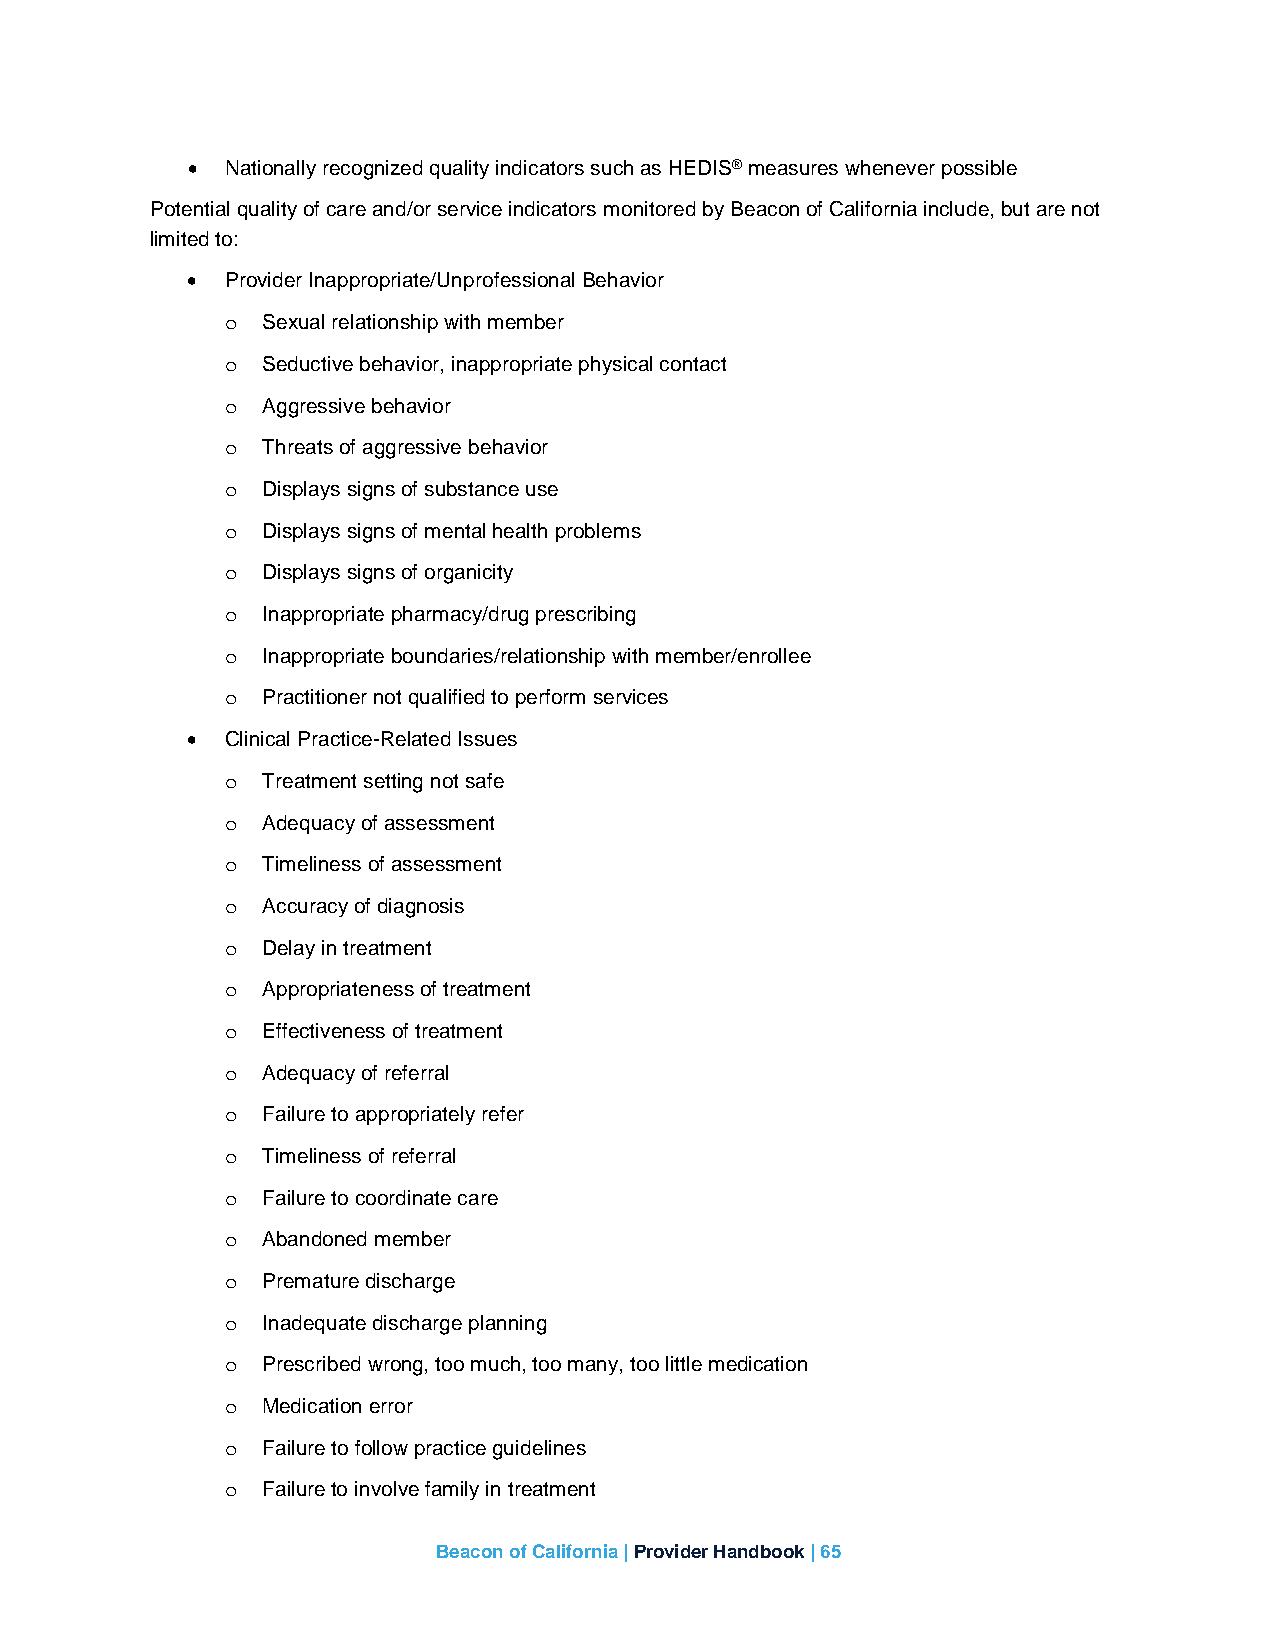
•  Nationally recognized quality indicators such as HEDIS® measures whenever possible
 Potential quality of care and/or service indicators monitored by Beacon of California include, but are not
 limited to:
 •  Provider Inappropriate/Unprofessional Behavior
 Sexual relationship with member
 o
 Seductive behavior, inappropriate physical contact
 o
 Aggressive behavior
 o
 Threats of aggressive behavior
 o
 Displays signs of substance use
 o
 Displays signs of mental health problems
 o
 Displays signs of organicity
 o
 Inappropriate pharmacy/drug prescribing
 o
 Inappropriate boundaries/relationship with member/enrollee
 o
 Practitioner not qualified to perform services
 o
 •  Clinical Practice-Related Issues
 Treatment setting not safe
 o
 Adequacy of assessment
 o
 Timeliness of assessment
 o
 Accuracy of diagnosis
 o
 Delay in treatment
 o
 Appropriateness of treatment
 o
 Effectiveness of treatment
 o
 Adequacy of referral
 o
 Failure to appropriately refer
 o
 Timeliness of referral
 o
 Failure to coordinate care
 o
 Abandoned member
 o
 Premature discharge
 o
 Inadequate discharge planning
 o
 Prescribed wrong, too much, too many, too little medication
 o
 Medication error
 o
 Failure to follow practice guidelines
 o
 Failure to involve family in treatment
 o
 Beacon of California | Provider Handbook | 65